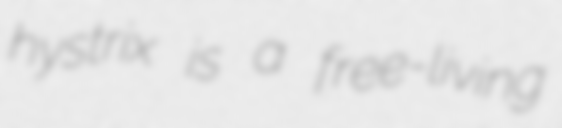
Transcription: hystrix is a free-living